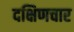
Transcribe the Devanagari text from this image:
दक्षिणचार